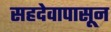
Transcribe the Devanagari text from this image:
सहदेवापासून